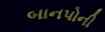
બાનપોની